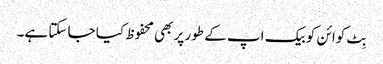
بِٹ کوائن کو بیک اپ کے طور پر بھی محفوظ کیا جا سکتا ہے۔